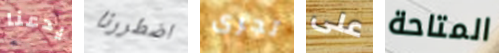
يدعنا اضطررنا تجرى على المتاحة